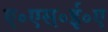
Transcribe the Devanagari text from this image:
ए॰एस॰ई॰ए